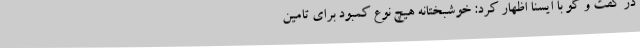
در گفت و گو با ایسنا اظهار کرد: خوشبختانه هیچ نوع کمبود برای تامین